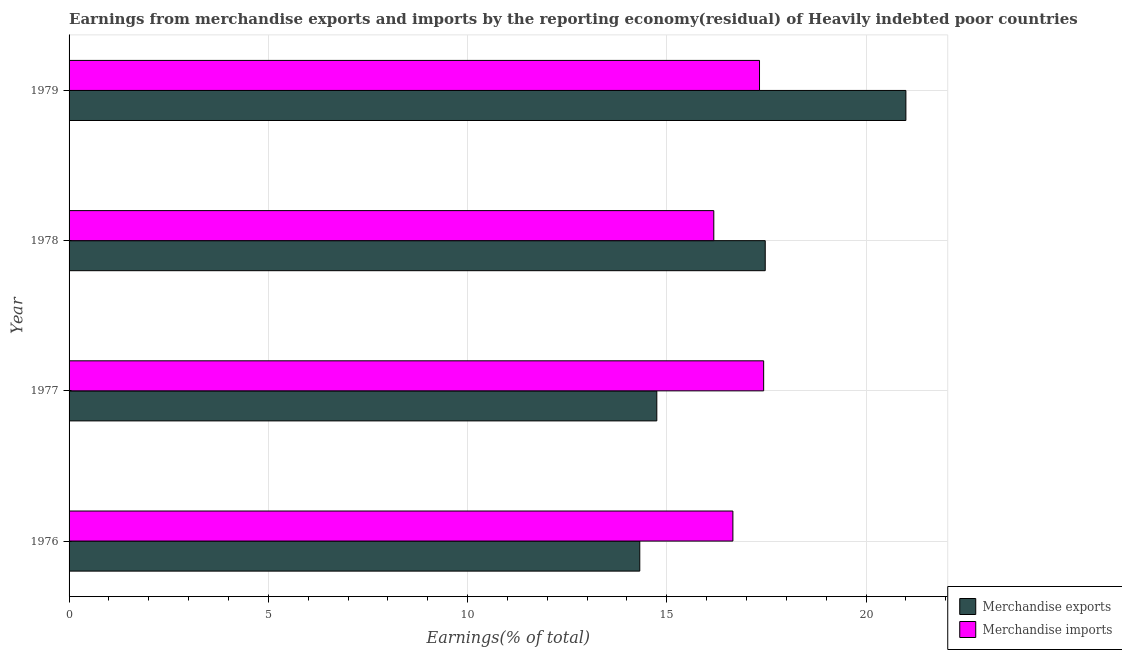
| Year | Merchandise exports | Merchandise imports |
 | --- | --- | --- |
 | 1976 | 14.3 | 16.7 |
 | 1977 | 14.7 | 17.4 |
 | 1978 | 17.5 | 16.2 |
 | 1979 | 21 | 17.3 |